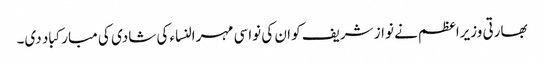
بھارتی وزیراعظم نے نواز شریف کو ان کی نواسی مہرالنساء کی شادی کی مبارکباد دی۔